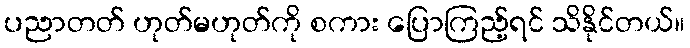
ပညာတတ် ဟုတ်မဟုတ်ကို စကား ပြောကြည့်ရင် သိနိုင်တယ်။